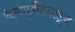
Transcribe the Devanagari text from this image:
नेमणुकीपासून